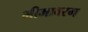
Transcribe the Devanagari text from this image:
भीमावरम